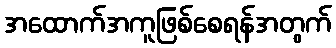
အထောက်အကူဖြစ်စေရန်အတွက်